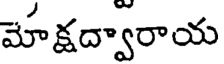
మోక్షద్వారాయ